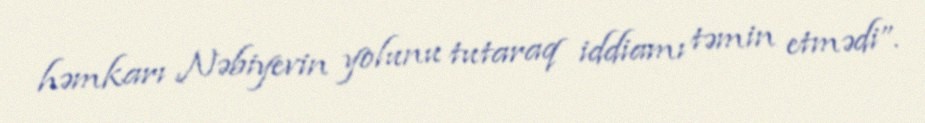
həmkarı Nəbiyevin yolunu tutaraq iddiamı təmin etmədi”.